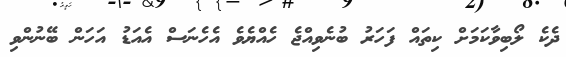
ދެކެ ލޯބިވާކަމަށް ކިތައް ފަހަރު ބުނެވިއްޖެ ހެއްޔެވެ އެހެނަސް އެއަޑު އަހަން ބޭނުންވި